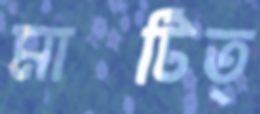
মাটিত্